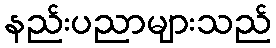
နည်းပညာများသည်